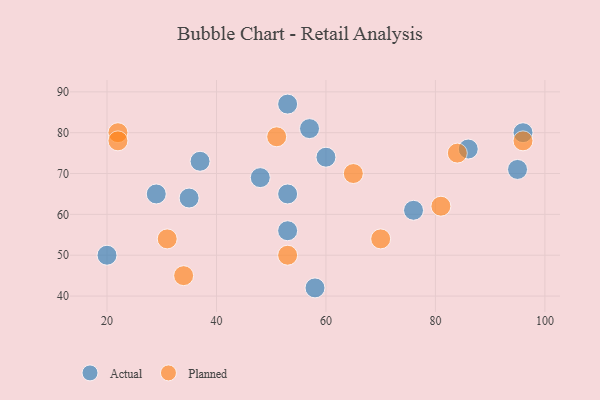
{"axis": {"x": "GDP", "y": "Life Expectancy"}, "legend": ["Actual", "Planned"], "data": [{"x": "57", "y": 81, "type": "Actual"}, {"x": "96", "y": 80, "type": "Actual"}, {"x": "37", "y": 73, "type": "Actual"}, {"x": "48", "y": 69, "type": "Actual"}, {"x": "35", "y": 64, "type": "Actual"}, {"x": "53", "y": 65, "type": "Actual"}, {"x": "60", "y": 74, "type": "Actual"}, {"x": "29", "y": 65, "type": "Actual"}, {"x": "53", "y": 87, "type": "Actual"}, {"x": "58", "y": 42, "type": "Actual"}, {"x": "86", "y": 76, "type": "Actual"}, {"x": "20", "y": 50, "type": "Actual"}, {"x": "95", "y": 71, "type": "Actual"}, {"x": "53", "y": 56, "type": "Actual"}, {"x": "76", "y": 61, "type": "Actual"}, {"x": "22", "y": 80, "type": "Planned"}, {"x": "96", "y": 78, "type": "Planned"}, {"x": "31", "y": 54, "type": "Planned"}, {"x": "70", "y": 54, "type": "Planned"}, {"x": "65", "y": 70, "type": "Planned"}, {"x": "22", "y": 78, "type": "Planned"}, {"x": "34", "y": 45, "type": "Planned"}, {"x": "51", "y": 79, "type": "Planned"}, {"x": "53", "y": 50, "type": "Planned"}, {"x": "84", "y": 75, "type": "Planned"}, {"x": "81", "y": 62, "type": "Planned"}]}